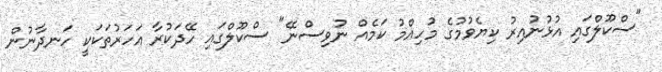
"ސްކޫލްގައި އުޅުނުއިރު ކިޔެވުމުގެ މުހިއްމު ކަމެއް ނުވިސްނޭ" ސްކޫލްގައި ހޭދަކުރާ އަހަރުތަކަކީ ހަނދާނުން